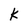
Character: k